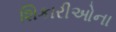
શિકારીઓના